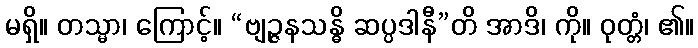
မရှိ။ တသ္မာ၊ ကြောင့်။ “ဗျဉ္ဇနသန္ဓိ ဆပ္ပဒါနီ”တိ အာဒိ၊ ကို။ ဝုတ္တံ၊ ၏။